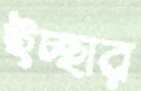
ইচ্ছার